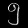
Digit: ၅